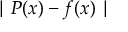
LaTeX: \mid P ( x ) - f ( x ) \mid